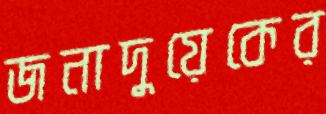
জনাদুয়েকের